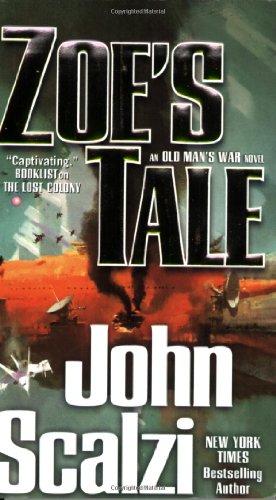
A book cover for Zoe's Tale (Old Man's War); John Scalzi; Science Fiction & Fantasy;